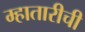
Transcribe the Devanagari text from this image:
म्हातारीची